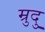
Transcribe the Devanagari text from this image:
म्रुदु